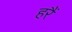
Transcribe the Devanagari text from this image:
हरैं